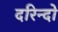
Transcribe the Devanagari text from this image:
दरिन्‍दो